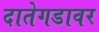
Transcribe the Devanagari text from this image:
दातेगडावर